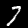
Label: 7